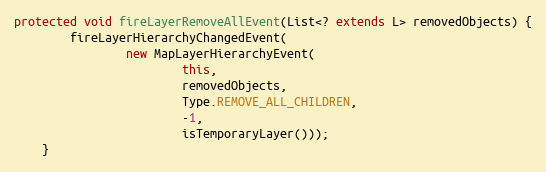
Language: Java
protected void fireLayerRemoveAllEvent(List<? extends L> removedObjects) {
		fireLayerHierarchyChangedEvent(
				new MapLayerHierarchyEvent(
						this,
						removedObjects,
						Type.REMOVE_ALL_CHILDREN,
						-1,
						isTemporaryLayer()));
	}